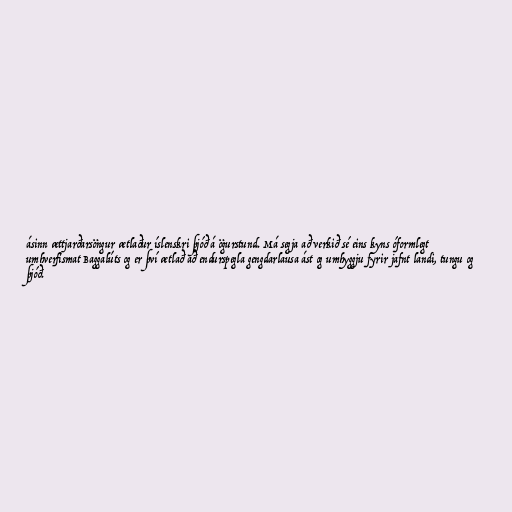
ásinn ættjarðarsöngur ætlaður íslenskri þjóð á ögurstund. Má segja að verkið sé eins kyns óformlegt
umhverfismat Baggalúts og er því ætlað að endurspegla gengdarlausa ást og umhyggju fyrir jafnt landi, tungu og
þjóð.